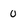
Character: 0